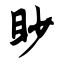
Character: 眇